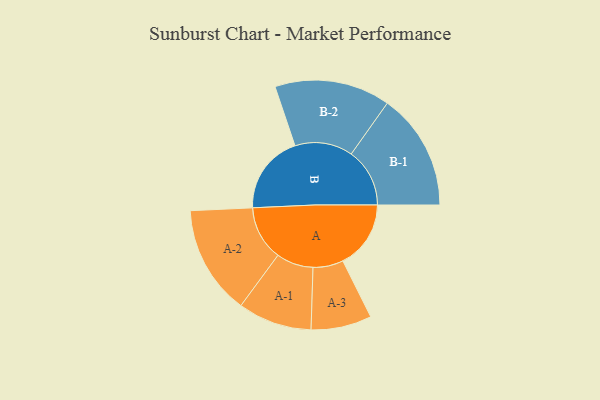
{"axis": {"x": "Segment", "y": "Value"}, "legend": ["", "A", "B"], "data": [{"x": "A", "y": 316, "type": ""}, {"x": "B", "y": 368, "type": ""}, {"x": "A-1", "y": 172, "type": "A"}, {"x": "A-2", "y": 254, "type": "A"}, {"x": "A-3", "y": 141, "type": "A"}, {"x": "B-1", "y": 272, "type": "B"}, {"x": "B-2", "y": 269, "type": "B"}]}